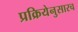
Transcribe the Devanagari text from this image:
प्रक्रियेनुसारच